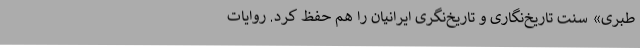
طبری» سنت تاریخ‌نگاری و تاریخ‌نگری ایرانیان را هم حفظ کرد. روایات